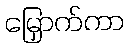
မြှောက်ကာ